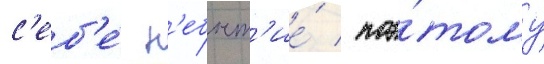
с'еб'е́ н'ебыт'ие́ / поэ́тому